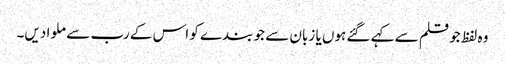
وہ لفظ جو قلم سے کہے گئے ہوں یا زبان سے جو بندے کو اس کے رب سے ملوا دیں۔